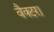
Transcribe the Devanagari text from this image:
वैक्टर।